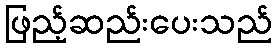
ဖြည့်ဆည်းပေးသည်